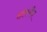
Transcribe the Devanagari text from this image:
हाॅकमैन